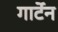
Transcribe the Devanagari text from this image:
गार्टेन